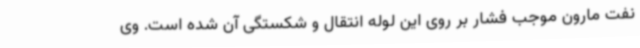
نفت مارون موجب فشار بر روی این لوله انتقال و شکستگی آن شده است. وی